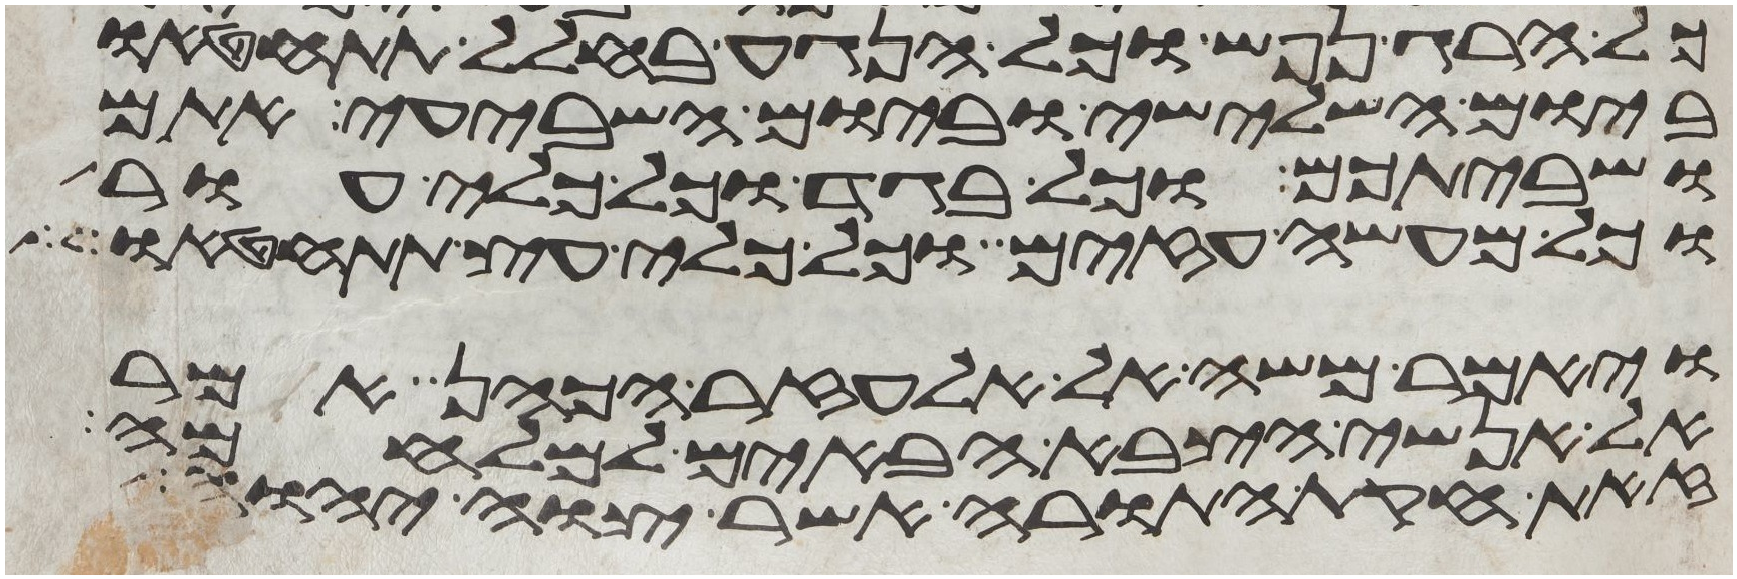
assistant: כל הרג נפש וכל הנגע בחלל תתחטאו
ביום השלישי וביום השביעי אתם
ושביתכם וכל בגד וכל כלי עור
וכל מעשה עזים וכל כלי עץ תתחטאו
ויאמר משה אל אלעזר הכהן אמר
אל אנשי הצבא הבאים למלחמה
זאת חקת התורה אשר צוה יהוה